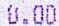
0.00